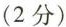
(2分)